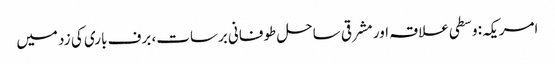
امریکہ: وسطی علاقہ اور مشرقی ساحل طوفانی برسات، برف باری کی زد میں